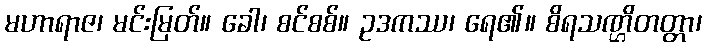
မဟာရာဇ၊ မင်းမြတ်။ ခေါ၊ စင်စစ်။ ဥဒကဿ၊ ရေ၏။ စိရသဏ္ဌိတတ္တာ၊